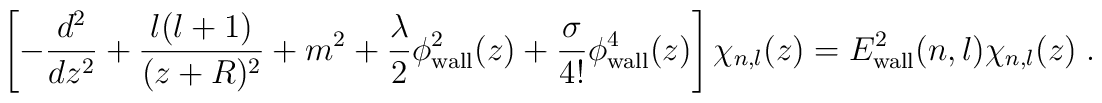
\left[-\frac{d^2}{dz^2}+\frac{l(l+1)}{(z+R)^2}+m^2+\frac{\lambda}{2}\phi_{\rm wall}^2(z)+\frac{\sigma}{4!}\phi_{\rm wall}^4(z)\right]\chi_{n,l}(z)=E_{\rm wall}^2 (n,l)\chi_{n,l}(z)\;.